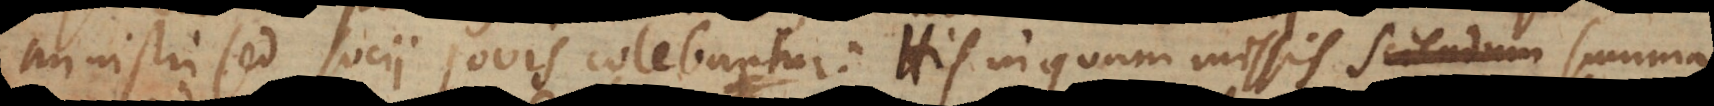
ministri sed socii Jovis colebantur: His inquam missis summa